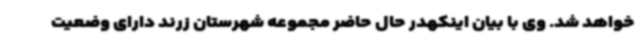
خواهد شد. وی با بیان اینکهدر حال حاضر مجموعه شهرستان زرند دارای وضعیت